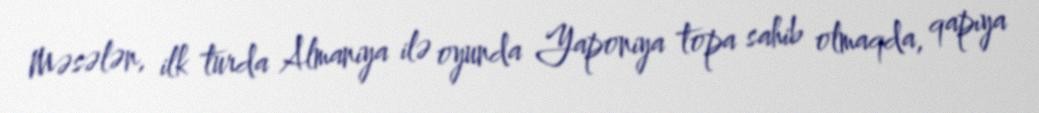
Məsələn, ilk turda Almaniya ilə oyunda Yaponiya topa sahib olmaqda, qapıya